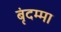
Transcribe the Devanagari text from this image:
बृंदम्मा